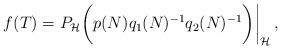
LaTeX: \begin{align*}f(T)=P_\mathcal H \bigg(p(N)q_1(N)^{-1}q_2(N)^{-1}\bigg) \bigg|_\mathcal H \,,\end{align*}